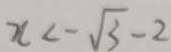
x < \sqrt { 3 } - 2